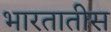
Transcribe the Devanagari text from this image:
भारतातीस